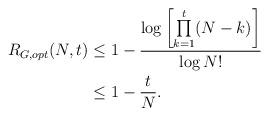
LaTeX: \begin{align*}R_{G,opt}(N,t)&\leq 1-\frac{\log \left[\prod\limits_{k=1}^{t}(N-k)\right]}{\log N!}\\&\leq 1-\frac{t}{N}.\end{align*}